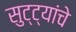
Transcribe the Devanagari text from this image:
सुट्ट्यांचे